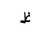
Letter: _za